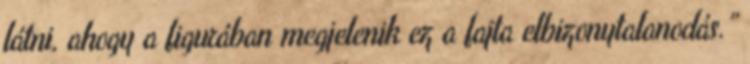
látni, ahogy a figurában megjelenik ez a fajta elbizonytalanodás.”